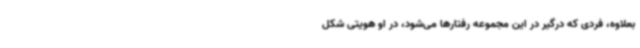
بعلاوه، فردی که درگیر در این مجموعه رفتارها می‌شود، در او هویتی شکل